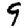
Digit: 9